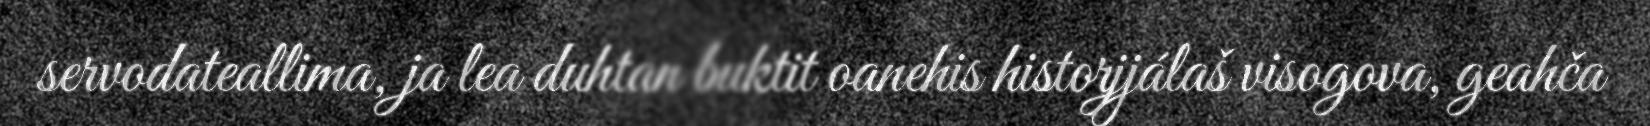
servodateallima, ja lea duhtan buktit oanehis historjjálaš visogova, geahča